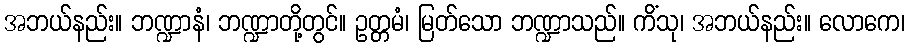
အဘယ်နည်း။ ဘဏ္ဍာနံ၊ ဘဏ္ဍာတို့တွင်။ ဥတ္တမံ၊ မြတ်သော ဘဏ္ဍာသည်။ ကိံသု၊ အဘယ်နည်း။ လောကေ၊